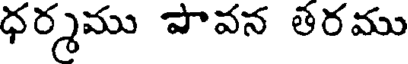
ధర్మము పావన తరము